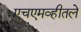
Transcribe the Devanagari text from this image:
एचएमव्हीतले